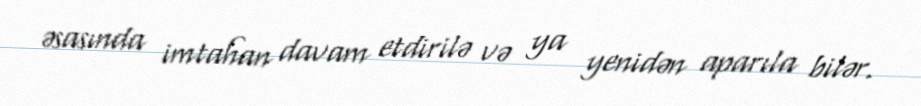
əsasında imtahan davam etdirilə və ya yenidən aparıla bilər.